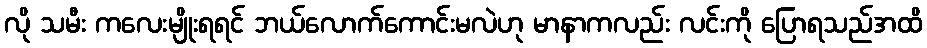
လို သမီး ကလေးမျိုးရရင် ဘယ်လောက်ကောင်းမလဲဟု မာနာကလည်း လင်းကို ပြောရသည်အထိ